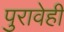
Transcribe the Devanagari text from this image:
पुरावेही